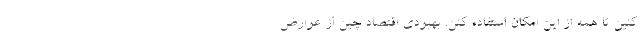
کنین تا همه از این امکان استفاده کنن. بهبودی اقتصاد چین از عوارض